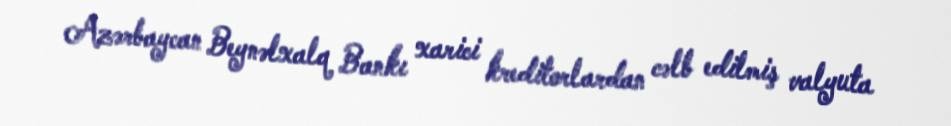
Azərbaycan Beynəlxalq Bankı xarici kreditorlardan cəlb edilmiş valyuta